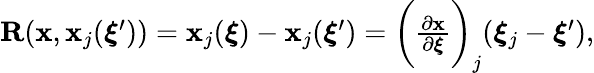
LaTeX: \begin{array}{r}{\mathbf{R}(\mathbf{x},\mathbf{x}_{j}(\boldsymbol{\xi}^{\prime}))=\mathbf{x}_{j}(\boldsymbol{\xi})-\mathbf{x}_{j}(\boldsymbol{\xi}^{\prime})=\bigg(\frac{\partial\mathbf{x}}{\partial\boldsymbol{\xi}}\bigg)_{j}(\boldsymbol{\xi}_{j}-\boldsymbol{\xi}^{\prime}),}\end{array}